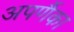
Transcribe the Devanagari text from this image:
अपर्णैका